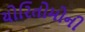
યોરિતોમોની